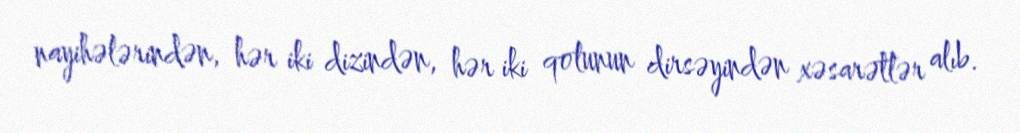
nayihələrindən, hər iki dizindən, hər iki qolunun dirsəyindən xəsarətlər alıb.